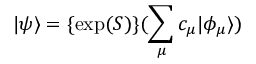
| \psi \rangle = \{ \exp ( S ) \} ( \sum _ { \mu } c _ { \mu } | \phi _ { \mu } \rangle )